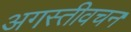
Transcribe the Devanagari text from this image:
अगस्तीवचन